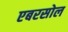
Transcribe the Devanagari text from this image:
एबरसोल